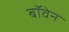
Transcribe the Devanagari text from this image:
बॉवेन